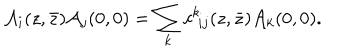
LaTeX: { \cal A } _ { i } ( z , \bar { z } ) { \cal A } _ { j } ( 0 , 0 ) = \sum _ { k } c ^ { k } \! _ { i j } ( z , \bar { z } ) { \cal A } _ { k } ( 0 , 0 ) .